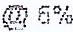
@ 6%